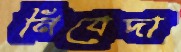
নিবেদা